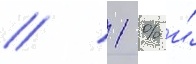
/ 1 % и́